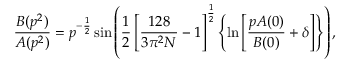
\frac { B ( p ^ { 2 } ) } { A ( p ^ { 2 } ) } = p ^ { - \frac { 1 } { 2 } } \sin \left( \frac { 1 } { 2 } \left[ \frac { 1 2 8 } { 3 \pi ^ { 2 } N } - 1 \right] ^ { \frac { 1 } { 2 } } \left\{ \ln \left[ \frac { p A ( 0 ) } { B ( 0 ) } + \delta \right] \right\} \right) ,